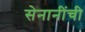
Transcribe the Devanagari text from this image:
सेनानींची